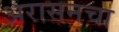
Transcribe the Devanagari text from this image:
अरासनचा